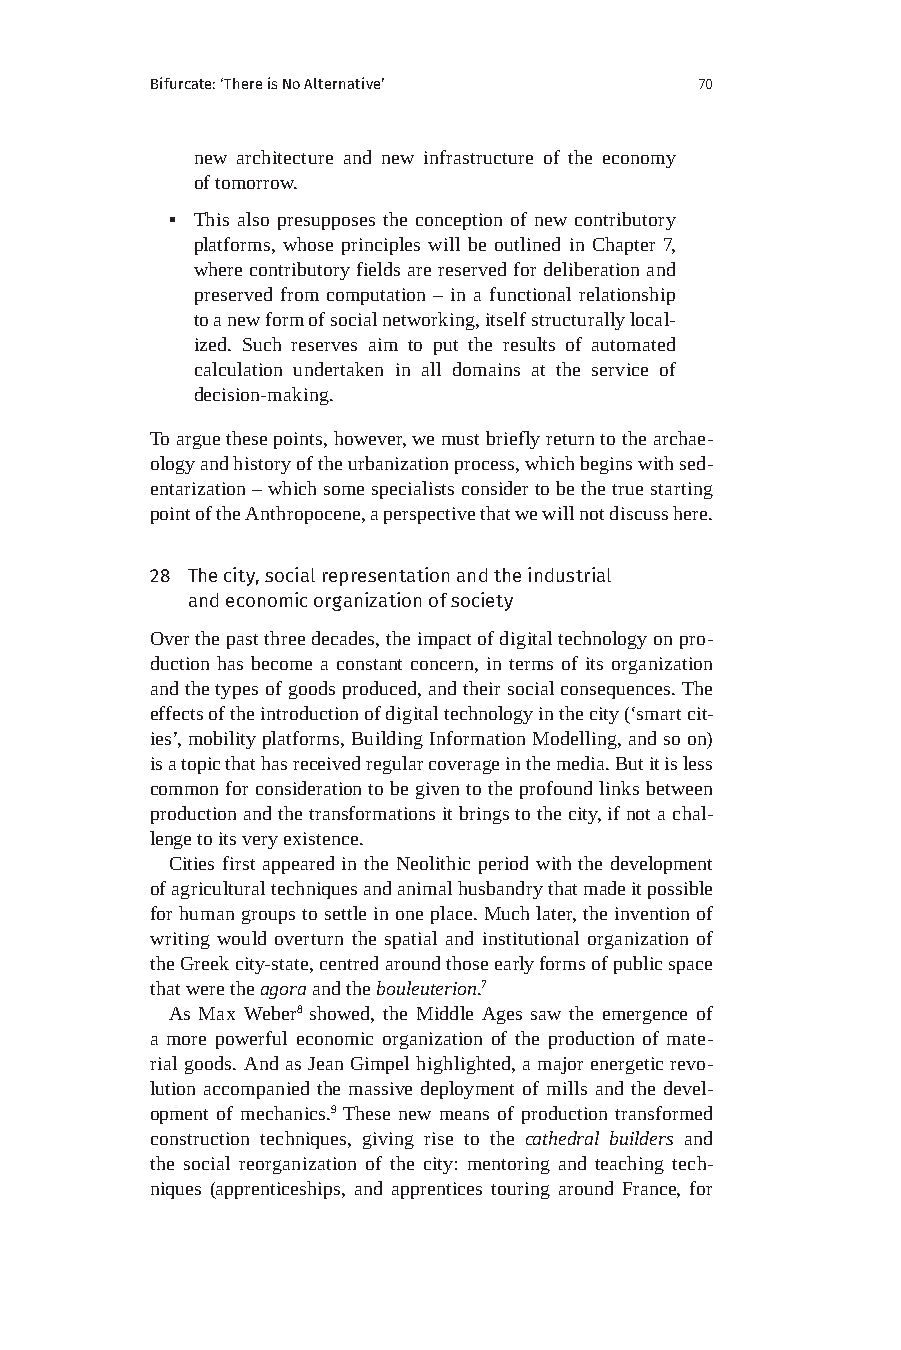
Bifurcate: ‘There is No Alternative’ 70
 new architecture and new infrastructure of the economy
 of tomorrow.
 ▪ This also presupposes the conception of new contributory
 platforms, whose principles will be outlined in Chapter 7,
 where contributory fields are reserved for deliberation and
 preserved from computation – in a functional relationship
 to a new form of social networking, itself structurally local-
 ized. Such reserves aim to put the results of automated
 calculation undertaken in all domains at the service of
 decision-making.
 To argue these points, however, we must briefly return to the archae-
 ology and history of the urbanization process, which begins with sed-
 entarization – which some specialists consider to be the true starting
 point of the Anthropocene, a perspective that we will not discuss here.
 28 The city, social representation and the industrial
 and economic organization of society
 Over the past three decades, the impact of digital technology on pro-
 duction has become a constant concern, in terms of its organization
 and the types of goods produced, and their social consequences. The
 effects of the introduction of digital technology in the city (‘smart cit-
 ies’, mobility platforms, Building Information Modelling, and so on)
 is a topic that has received regular coverage in the media. But it is less
 common for consideration to be given to the profound links between
 production and the transformations it brings to the city, if not a chal-
 lenge to its very existence.
 Cities first appeared in the Neolithic period with the development
 of agricultural techniques and animal husbandry that made it possible
 for human groups to settle in one place. Much later, the invention of
 writing would overturn the spatial and institutional organization of
 the Greek city-state, centred around those early forms of public space
 that were the agora and the bouleuterion.7
 As Max Weber8 showed, the Middle Ages saw the emergence of
 a more powerful economic organization of the production of mate-
 rial goods. And as Jean Gimpel highlighted, a major energetic revo-
 lution accompanied the massive deployment of mills and the devel-
 opment of mechanics.9 These new means of production transformed
 construction techniques, giving rise to the cathedral builders and
 the social reorganization of the city: mentoring and teaching tech-
 niques (apprenticeships, and apprentices touring around France, for